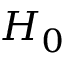
H _ { 0 }